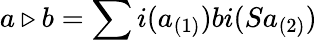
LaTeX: a\triangleright b=\sum i(a_{(1)})bi(Sa_{(2)})